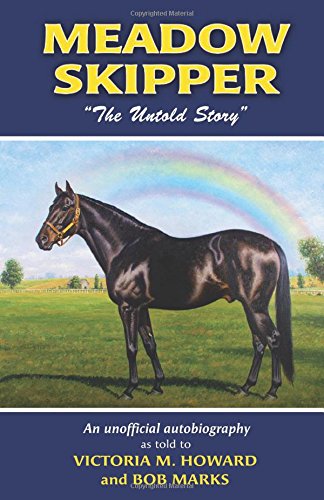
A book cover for Meadow Skipper: The Untold Story; Victoria M. Howard; Crafts, Hobbies & Home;